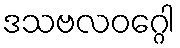
ဒသဗလဝဂ္ဂေါ